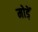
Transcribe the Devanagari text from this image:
मोडे़ं